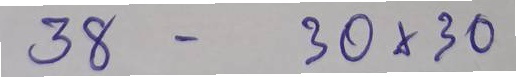
38 - 30x30